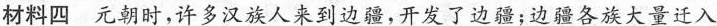
材料四 元朝时，许多汉族人来到边疆，开发了边疆；边疆各族大量迁入